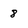
Character: 8